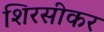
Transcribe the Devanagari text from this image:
शिरसीकर